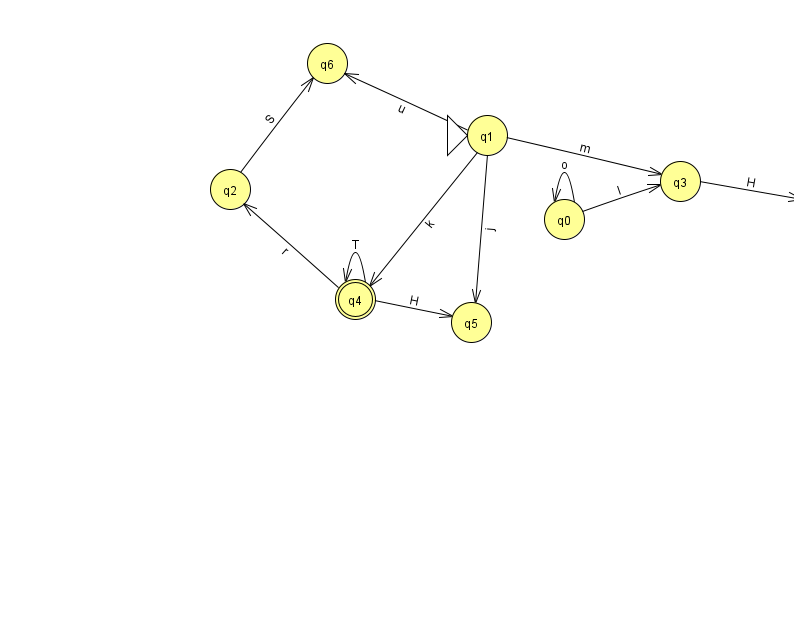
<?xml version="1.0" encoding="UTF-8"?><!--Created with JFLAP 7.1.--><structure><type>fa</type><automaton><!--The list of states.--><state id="0" name="q0"><x>564.0</x><y>206.0</y></state><state id="1" name="q1"><x>487.0</x><y>122.0</y><initial/></state><state id="2" name="q2"><x>230.0</x><y>176.0</y></state><state id="3" name="q3"><x>680.0</x><y>168.0</y></state><state id="4" name="q4"><x>355.0</x><y>286.0</y><final/></state><state id="5" name="q5"><x>471.0</x><y>309.0</y></state><state id="6" name="q6"><x>327.0</x><y>50.0</y></state><state id="7" name="q7"><x>821.0</x><y>191.0</y></state><!--The list of transitions.--><transition><from>1</from><to>5</to><read>j</read></transition><transition><from>0</from><to>3</to><read>I</read></transition><transition><from>1</from><to>3</to><read>m</read></transition><transition><from>1</from><to>4</to><read>k</read></transition><transition><from>4</from><to>4</to><read>T</read></transition><transition><from>3</from><to>7</to><read>H</read></transition><transition><from>2</from><to>6</to><read>S</read></transition><transition><from>4</from><to>2</to><read>r</read></transition><transition><from>4</from><to>5</to><read>H</read></transition><transition><from>1</from><to>6</to><read>u</read></transition><transition><from>0</from><to>0</to><read>o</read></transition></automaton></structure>